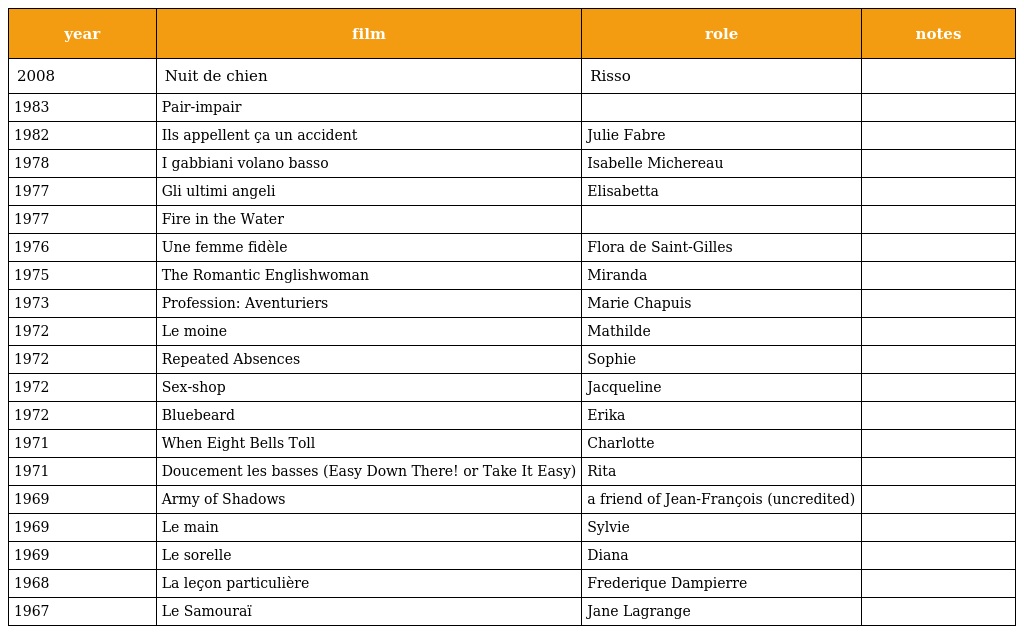
| year | film | role | notes |
 | --- | --- | --- | --- |
 | 2008 | Nuit de chien | Risso |  |
 | 1983 | Pair-impair |  |  |
 | 1982 | Ils appellent ça un accident | Julie Fabre |  |
 | 1978 | I gabbiani volano basso | Isabelle Michereau |  |
 | 1977 | Gli ultimi angeli | Elisabetta |  |
 | 1977 | Fire in the Water |  |  |
 | 1976 | Une femme fidèle | Flora de Saint-Gilles |  |
 | 1975 | The Romantic Englishwoman | Miranda |  |
 | 1973 | Profession: Aventuriers | Marie Chapuis |  |
 | 1972 | Le moine | Mathilde |  |
 | 1972 | Repeated Absences | Sophie |  |
 | 1972 | Sex-shop | Jacqueline |  |
 | 1972 | Bluebeard | Erika |  |
 | 1971 | When Eight Bells Toll | Charlotte |  |
 | 1971 | Doucement les basses (Easy Down There! or Take It Easy) | Rita |  |
 | 1969 | Army of Shadows | a friend of Jean-François (uncredited) |  |
 | 1969 | Le main | Sylvie |  |
 | 1969 | Le sorelle | Diana |  |
 | 1968 | La leçon particulière | Frederique Dampierre |  |
 | 1967 | Le Samouraï | Jane Lagrange |  |